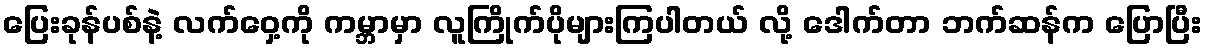
ပြေးခုန်ပစ်နဲ့ လက်ဝှေ့ကို ကမ္ဘာမှာ လူကြိုက်ပိုများကြပါတယ် လို့ ဒေါက်တာ ဘက်ဆန်က ပြောပြီး